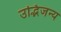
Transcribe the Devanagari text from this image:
उद्भिजन्य